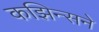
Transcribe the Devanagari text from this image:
कझिन्सने